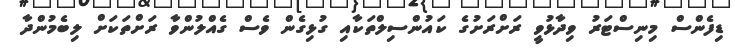
ޑިފެންސް މިނިސްޓަރު ވިދާޅުވީ ރަށްރަށުގެ ކައުންސިލްތަކާއި ގުޅިގެން ވެސް ގެއްލުންވާ ރަށްތަކަށް ލިބެމުންދާ